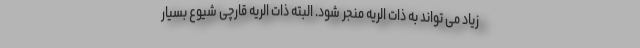
زیاد می تواند به ذات الریه منجر شود. البته ذات الریه قارچی شیوع بسیار